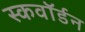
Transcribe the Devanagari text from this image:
स्कवाॅर्डन